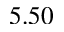
5 . 5 0